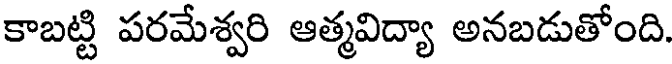
కాబట్టి పరమేశ్వరి ఆత్మవిద్యా అనబడుతోంది.